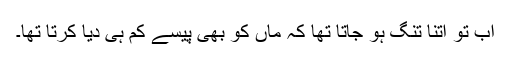
اب تو اتنا تنگ ہو جاتا تھا کہ ماں کو بھی پیسے کم ہی دیا کرتا تھا۔